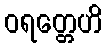
ဝရတ္တေဟိ